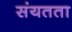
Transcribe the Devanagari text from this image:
संयतता